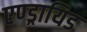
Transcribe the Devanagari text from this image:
एण्ड्रायिड